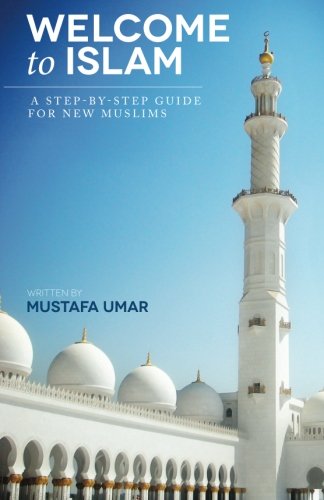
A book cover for Welcome to Islam: A Step-by-Step Guide for New Muslims; Mustafa Umar; Religion & Spirituality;